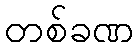
တစ်ခဏ